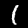
Digit: 1